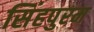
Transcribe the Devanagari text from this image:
सिंहपुरम